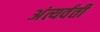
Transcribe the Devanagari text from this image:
अंत्यर्वर्ती